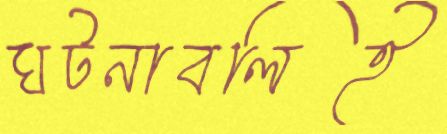
ঘটনাবলিই